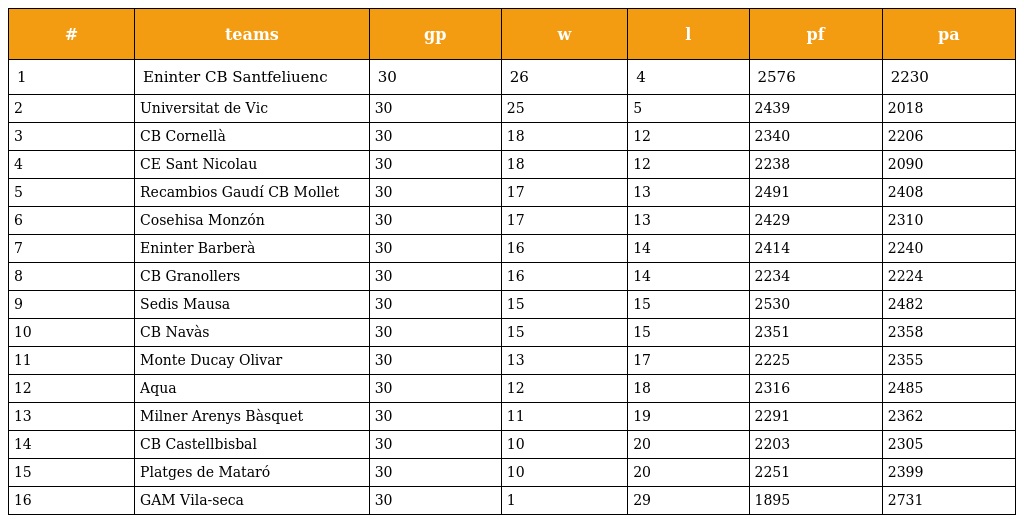
| # | teams | gp | w | l | pf | pa |
 | --- | --- | --- | --- | --- | --- | --- |
 | 1 | Eninter CB Santfeliuenc | 30 | 26 | 4 | 2576 | 2230 |
 | 2 | Universitat de Vic | 30 | 25 | 5 | 2439 | 2018 |
 | 3 | CB Cornellà | 30 | 18 | 12 | 2340 | 2206 |
 | 4 | CE Sant Nicolau | 30 | 18 | 12 | 2238 | 2090 |
 | 5 | Recambios Gaudí CB Mollet | 30 | 17 | 13 | 2491 | 2408 |
 | 6 | Cosehisa Monzón | 30 | 17 | 13 | 2429 | 2310 |
 | 7 | Eninter Barberà | 30 | 16 | 14 | 2414 | 2240 |
 | 8 | CB Granollers | 30 | 16 | 14 | 2234 | 2224 |
 | 9 | Sedis Mausa | 30 | 15 | 15 | 2530 | 2482 |
 | 10 | CB Navàs | 30 | 15 | 15 | 2351 | 2358 |
 | 11 | Monte Ducay Olivar | 30 | 13 | 17 | 2225 | 2355 |
 | 12 | Aqua | 30 | 12 | 18 | 2316 | 2485 |
 | 13 | Milner Arenys Bàsquet | 30 | 11 | 19 | 2291 | 2362 |
 | 14 | CB Castellbisbal | 30 | 10 | 20 | 2203 | 2305 |
 | 15 | Platges de Mataró | 30 | 10 | 20 | 2251 | 2399 |
 | 16 | GAM Vila-seca | 30 | 1 | 29 | 1895 | 2731 |